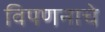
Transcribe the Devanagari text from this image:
विपणनाचे